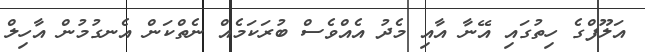
އަލޫފްގެ ހިތުގައި އޭނާ އާއި މެދު އެއްވެސް ބުރަކަމެއް ނެތްކަން އެނގުމުން އާހިލް